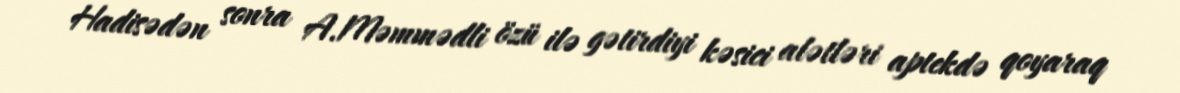
Hadisədən sonra A.Məmmədli özü ilə gətirdiyi kəsici alətləri aptekdə qoyaraq